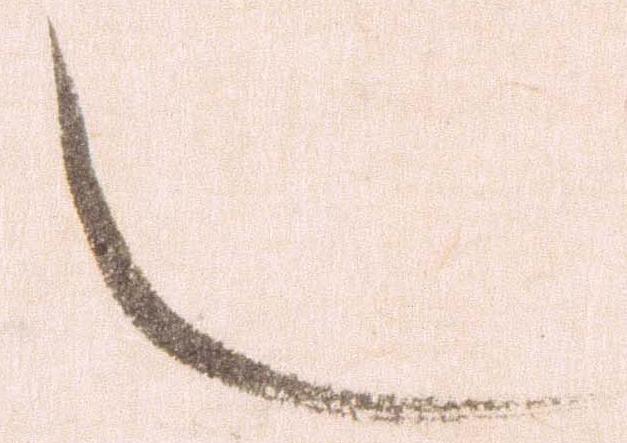
也